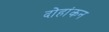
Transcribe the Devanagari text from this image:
दोहांकन